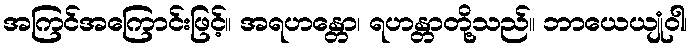
အကြင်အကြောင်းဖြင့်။ အရဟန္တော၊ ရဟန္တာတို့သည်။ ဘာယေယျုံဝါ၊